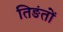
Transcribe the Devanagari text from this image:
तिङंतों